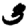
Digit: 3